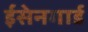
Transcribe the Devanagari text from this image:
ईसेनगार्ड